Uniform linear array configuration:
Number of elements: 64
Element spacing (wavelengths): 0.25
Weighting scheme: hamming
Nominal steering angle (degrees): -60
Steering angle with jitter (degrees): -61.972
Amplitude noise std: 0.05
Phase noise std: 0.05

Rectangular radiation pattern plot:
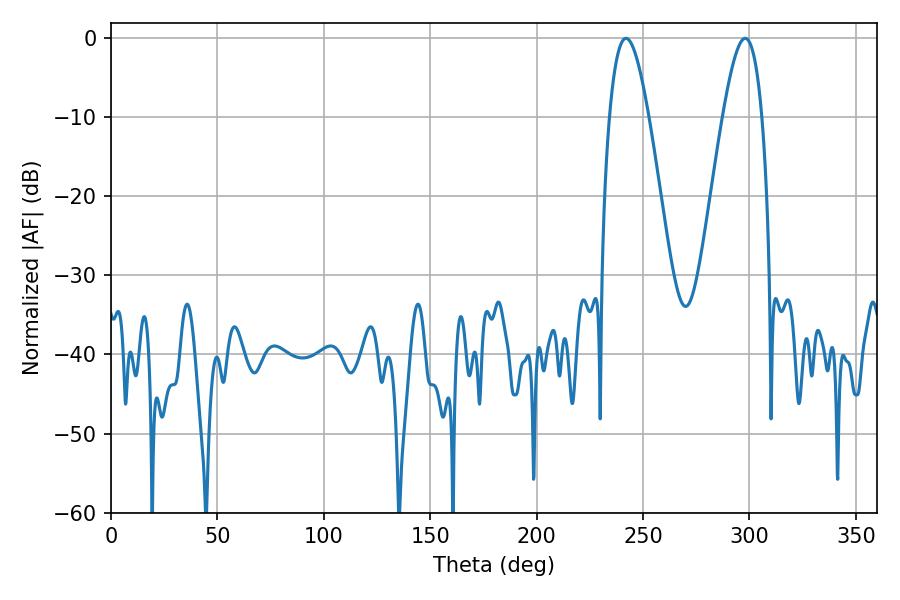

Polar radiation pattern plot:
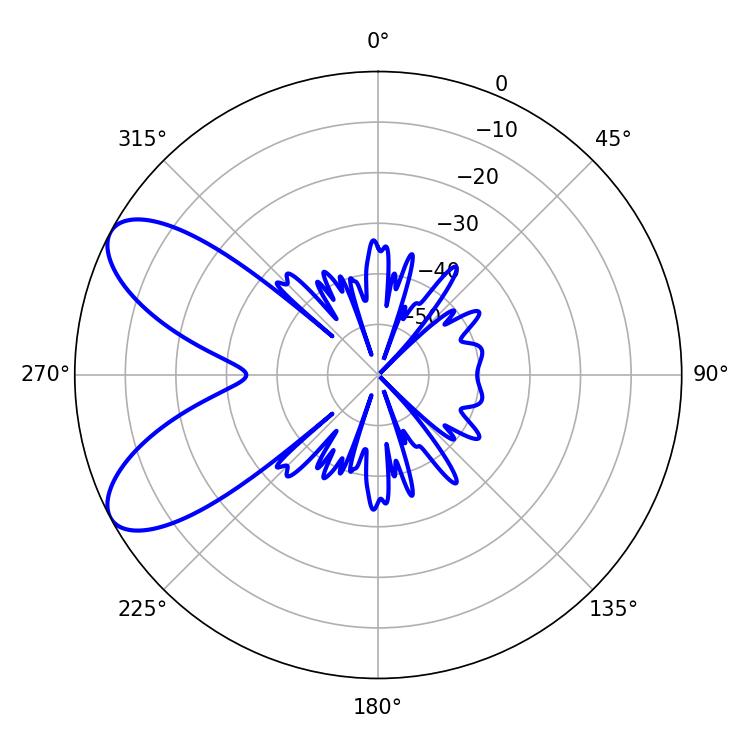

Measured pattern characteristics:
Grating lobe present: FALSE
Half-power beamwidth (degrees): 10.08
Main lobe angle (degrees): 241.92